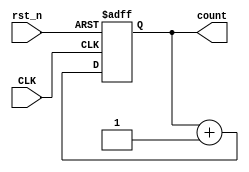
`timescale 1ns / 1ps
`define Counter_bit 26
module up_counter(
    input CLK,
    input rst_n,
    output reg [`Counter_bit-1:0] count
    );
    reg [`Counter_bit-1:0] count_temp;
    always@(*)
        count_temp = count+1;
    always@(posedge CLK or negedge rst_n)
    begin
        if(~rst_n)
            count <= `Counter_bit'd0;
        else
            count <= count_temp;
    end
endmodule